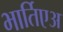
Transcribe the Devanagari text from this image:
भार्तिएअ